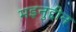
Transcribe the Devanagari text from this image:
मइनुद्दीन